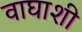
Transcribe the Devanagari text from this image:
वाघाशी